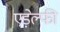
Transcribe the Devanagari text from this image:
एड़ेल्फी